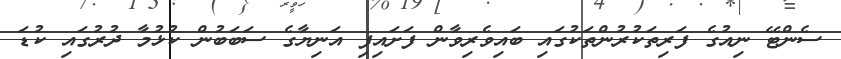
ސެންޓޭ ނިއުގެ ފަރިތަކުރުންތަކުގައި ބައިވެރިވާން ފަށައިފި އަނިޔާގެ ސަބަބުން ކުޅުމާ ދުރުގައި ކުޑަ